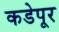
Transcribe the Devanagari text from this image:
कडेपूर